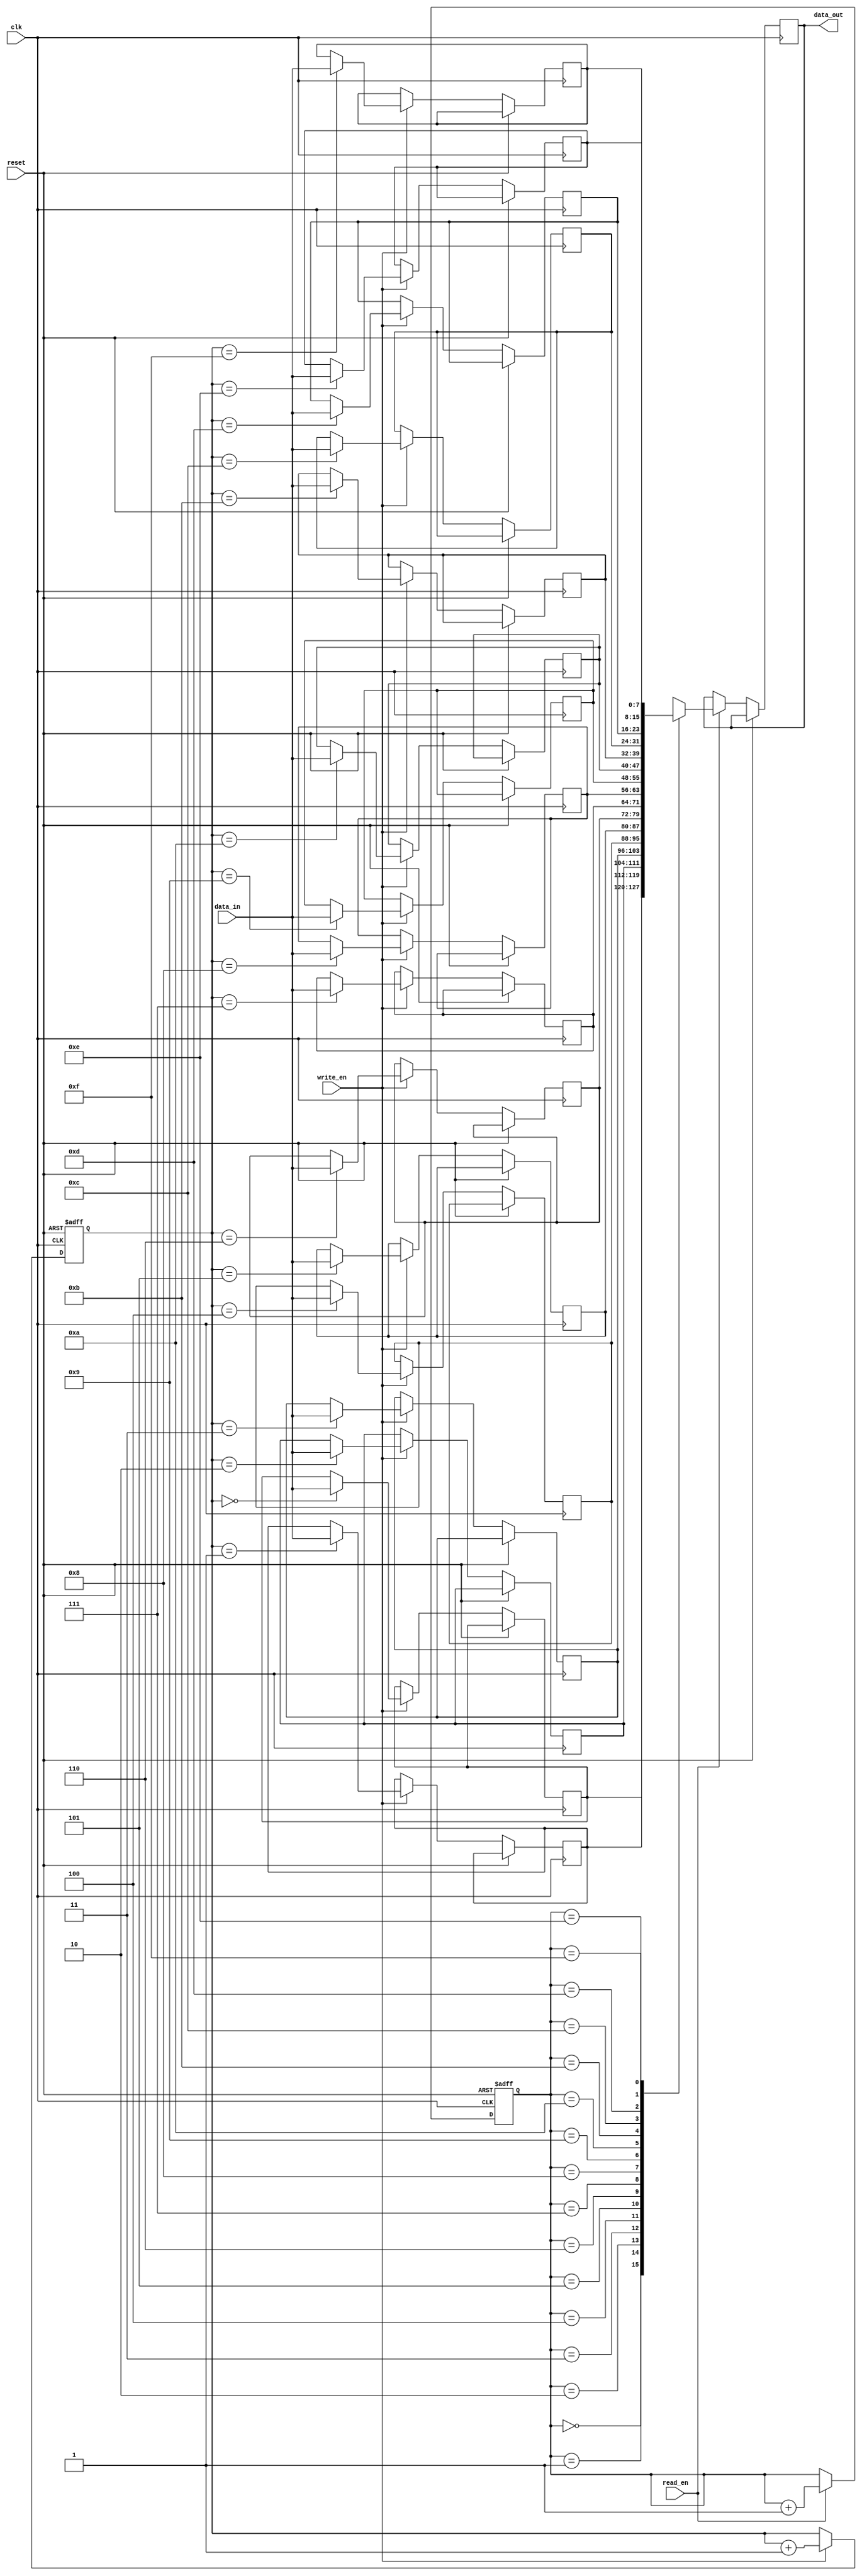
module Gray_FIFO (
    input wire clk,
    input wire reset,
    input wire write_en,
    input wire read_en,
    input wire [7:0] data_in,
    output reg [7:0] data_out
);
    
    reg [7:0] buffer [0:15]; // FIFO buffer with 16 entries
    reg [3:0] wr_ptr; // write pointer
    reg [3:0] rd_ptr; // read pointer
    
    always @(posedge clk or posedge reset) begin
        if (reset) begin
            wr_ptr <= 4'b0000;
            rd_ptr <= 4'b0000;
        end else begin
            if (write_en) begin
                buffer[wr_ptr] <= data_in;
                wr_ptr <= wr_ptr + 1;
            end
            if (read_en) begin
                data_out <= buffer[rd_ptr];
                rd_ptr <= rd_ptr + 1;
            end
        end
    end
    
endmodule